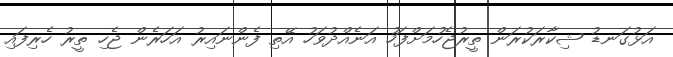
އަޅުގަނޑު ޝިކާރަކުރަން ތީރުޖެހުމަށްފަހު އަނެއްދުވަހު އޭތި ފެންނައިރު އަހަރެން ޖެހި ތީރު ހެރިފައި